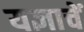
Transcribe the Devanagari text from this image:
यज्ञाचें